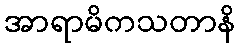
အာရာမိကသတာနိ